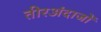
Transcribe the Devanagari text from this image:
तीरअंदाजों